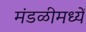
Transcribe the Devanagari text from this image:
मंडळीमध्यें